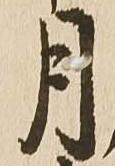
月